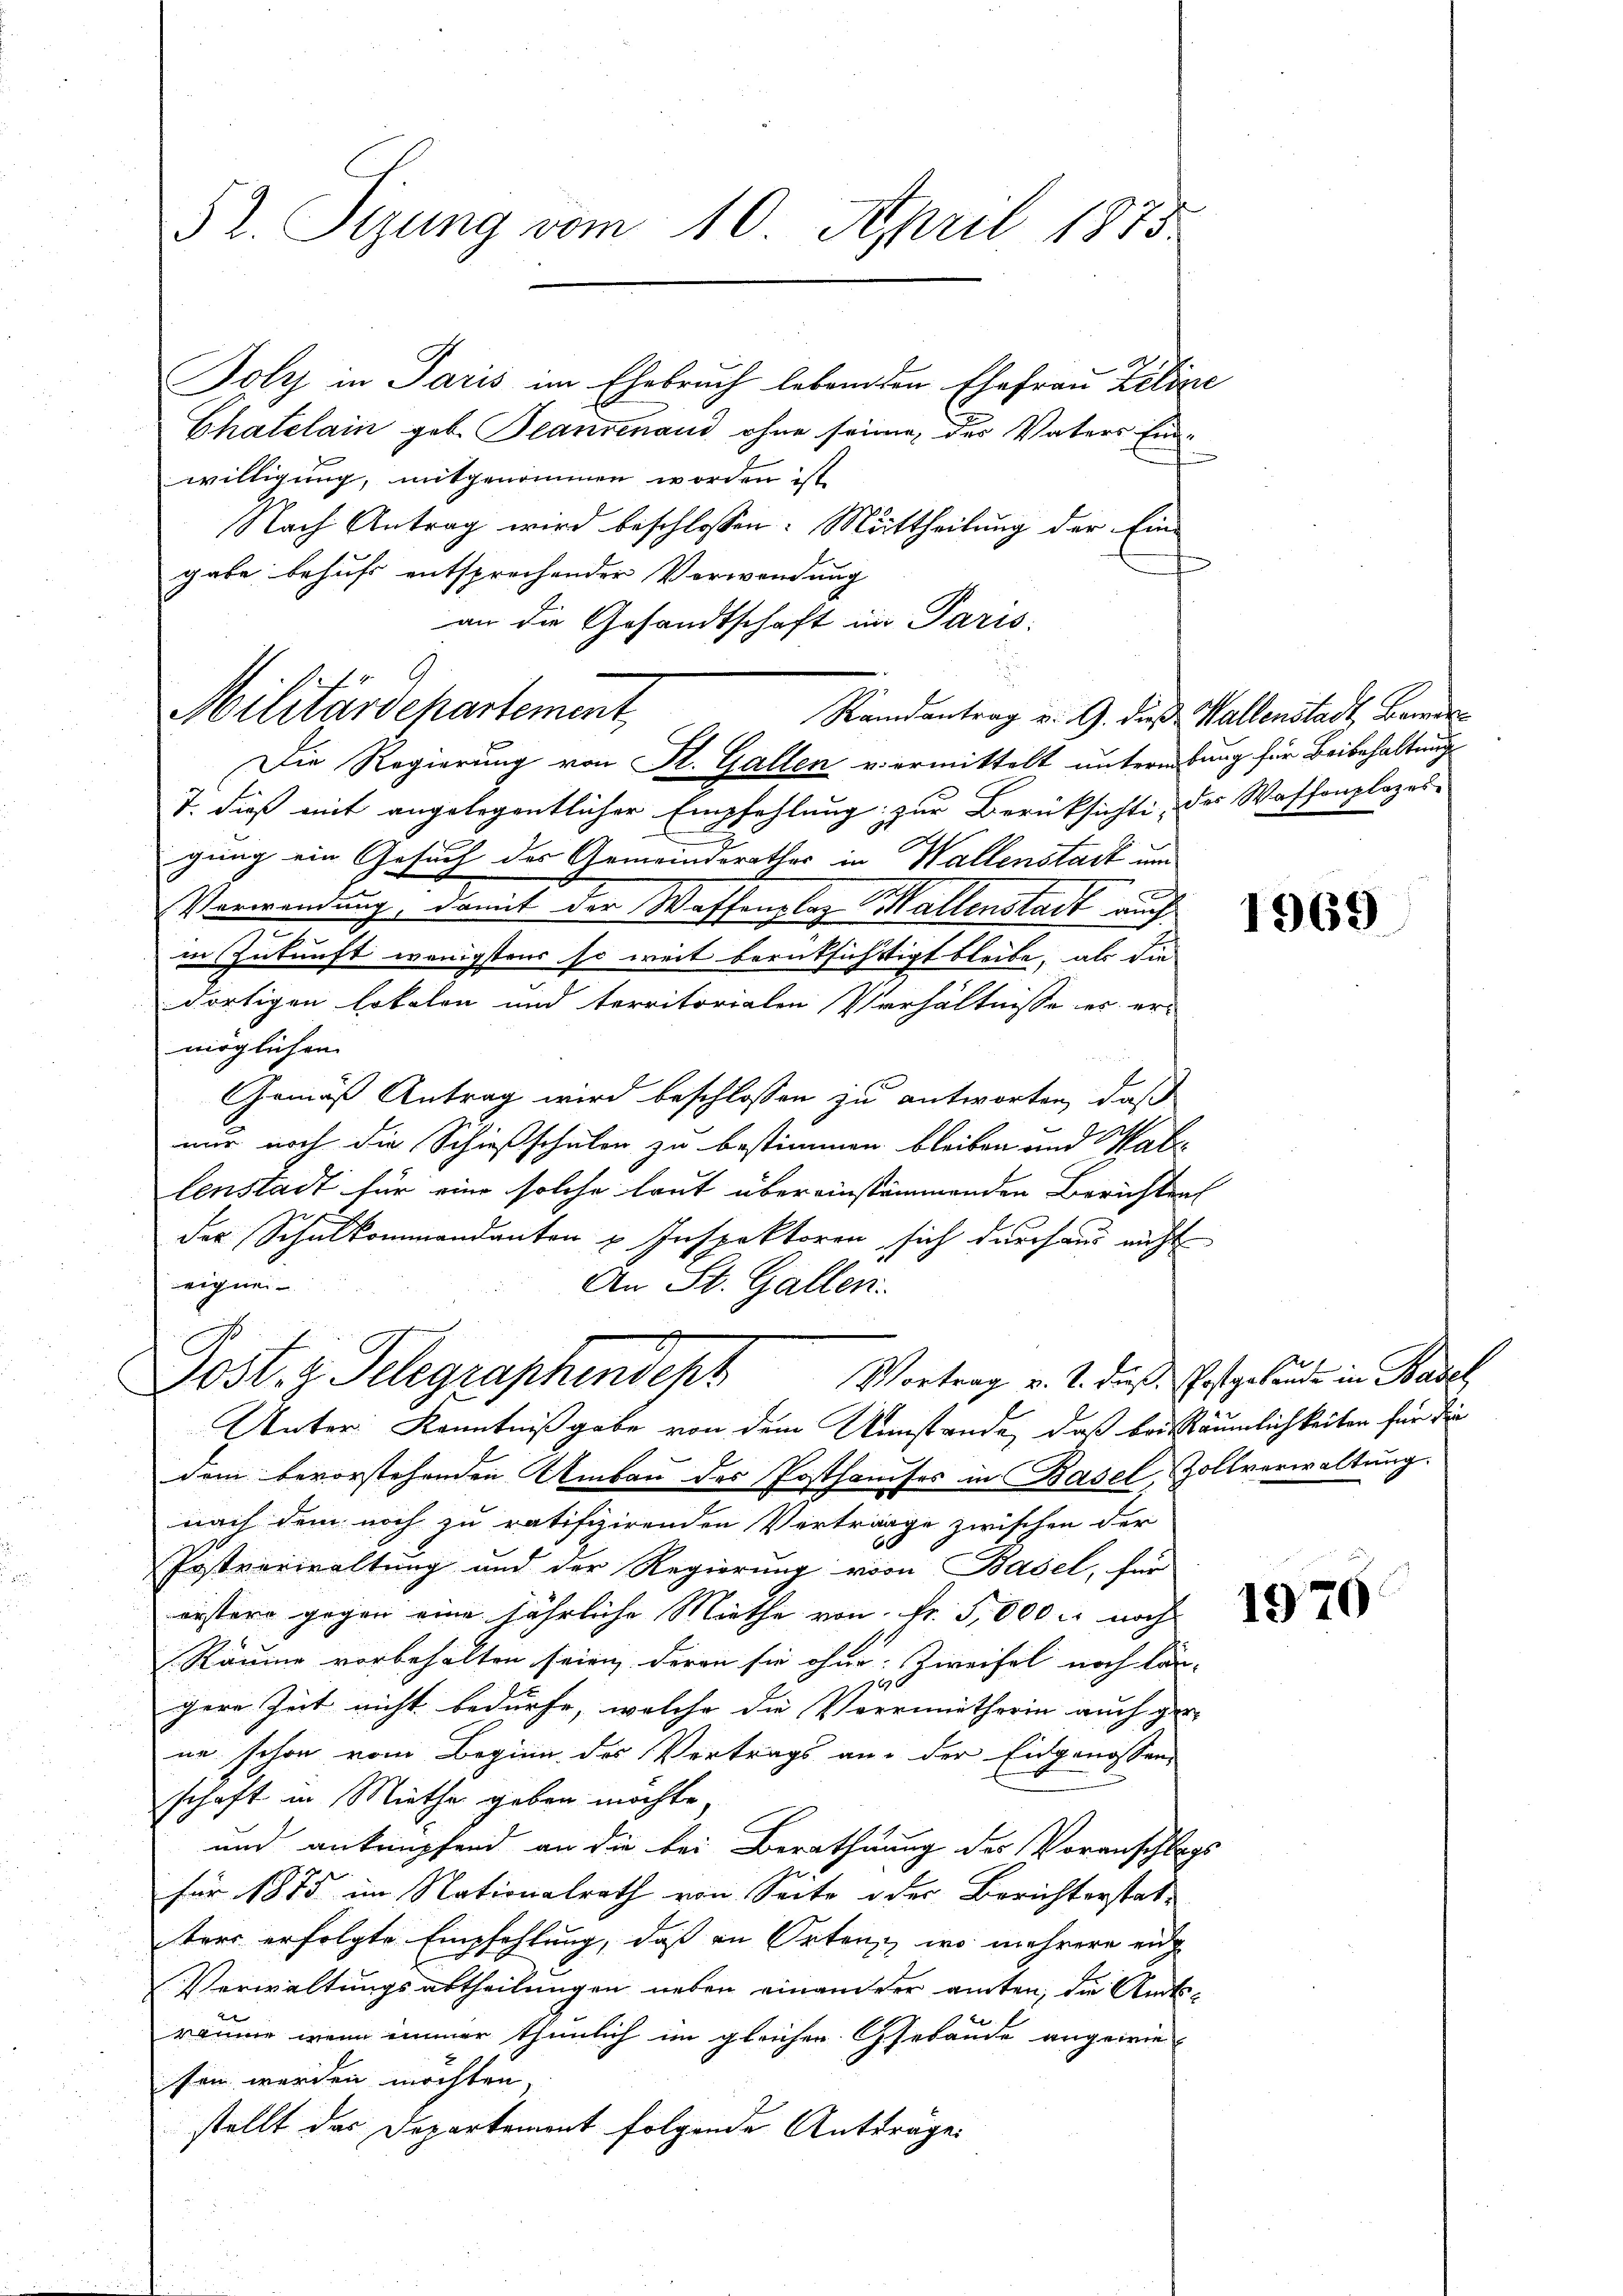
52. Sizung vom 10. April 1875

Chatelain geb. Blankenand ohne seinen, der Vaters Einwilligung, mitgenommen worden ist,
Nach Antrag wird beschlossen: Mittheilung der Ein-
gabe behufs entsprechender Verwendung
an die Gesandtschaft in Paris
Die Regierung von St. Gallen u. ermittelt unterbung für Beibehaltung
T. dieß mit angelegentlicher Empfehlung zur Berüksichte, der Waffenplazes-
gung ein Gesuch des Gemeinderathes in Wallenstark um
Verwendung, damit der Waffenplaz allenstadt auch
in Zukunft wenigstens so weit berüksichtigt bleibe, als die
dortigen Lokalon und territorialen Verhältnisse es er-
möglichen
Gemäß Antrag wird beschlossen zu antworten, daß
mir noch die Schießschulen zu bestimmen bleiben und Habe
lenstadt für eine solche laut übereinstimmenden Berichten
der Schulkommandanten u Inspektoren sich durchaus nicht
eignen
An St. Gallen.
C
Jost, z. Telegraphendept Vortrag v. J. daß Erstgehande in Basel
Unter Kenntnißgabe von dem Umstände, daß bei Räumlichkeiten für die
dem bevorstehenden Umbau der Posthauses in Basel, Zollverwaltung.
nach dem noch zu ratifizirenden Vertrage zwischen der
Postverwaltung und der Regierung von Basel, für
erstere gegen eine jährliche Miethe von Fr. 5,000 r noch
Räume vorbehalten seien, deren sie ohne Zweifel noch län-
16,
gere Zeit nicht bedürfe, welche die Verrinnetherin auch ger- |
ne schon vom Beginn des Vertrags an der Eidgenossen
schaft in Miethe geben möchte,
und anknüpfend an die bei Berathuung des Voranschlags
für 1875 im Nationalrath von Seite oder Berichterstat-
trer erfolgte Empfehlung, daß in Orten, wo mehrere eig
Verwaltungsartheilungen neben einander amten, die Amtsräume, wenn immer thunlich im gleicher Gebäude angewie-
sen werden möchten |
stellt das Departement folgende Antträge.

Militärdepartement,

Joly in Paris im Ehebruch lebenden Ehefrau Zilize

Randantrag v. 9. die Wallenstadt, Bemer¬

1969

1970